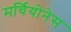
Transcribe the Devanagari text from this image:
मर्चियोनेस